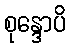
စုန္ဒောပိ